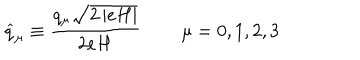
LaTeX: \widehat { q } _ { \mu } \equiv \frac { q _ { \mu } \sqrt { 2 \left| e H \right| } } { 2 e H } \, \qquad \mu = 0 , 1 , 2 , 3